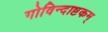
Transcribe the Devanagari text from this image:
गोविन्दाष्टकम्‌